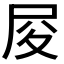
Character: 𡰿